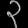
Digit: ၃